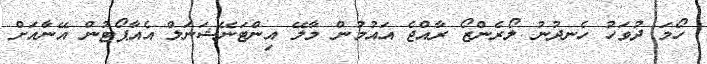
ހޯމަ ދުވަހު ހެނދުނު ލޯރެންޒޯ ރާއްޖެ އައުމުން މާލޭ އިންޓަނޭޝަނަލް އެއާޕޯޓުން އޭނާއަށް